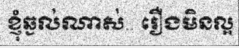
ខ្ញុំឆ្ងល់ណាស់.. រឿងមិនល្អ